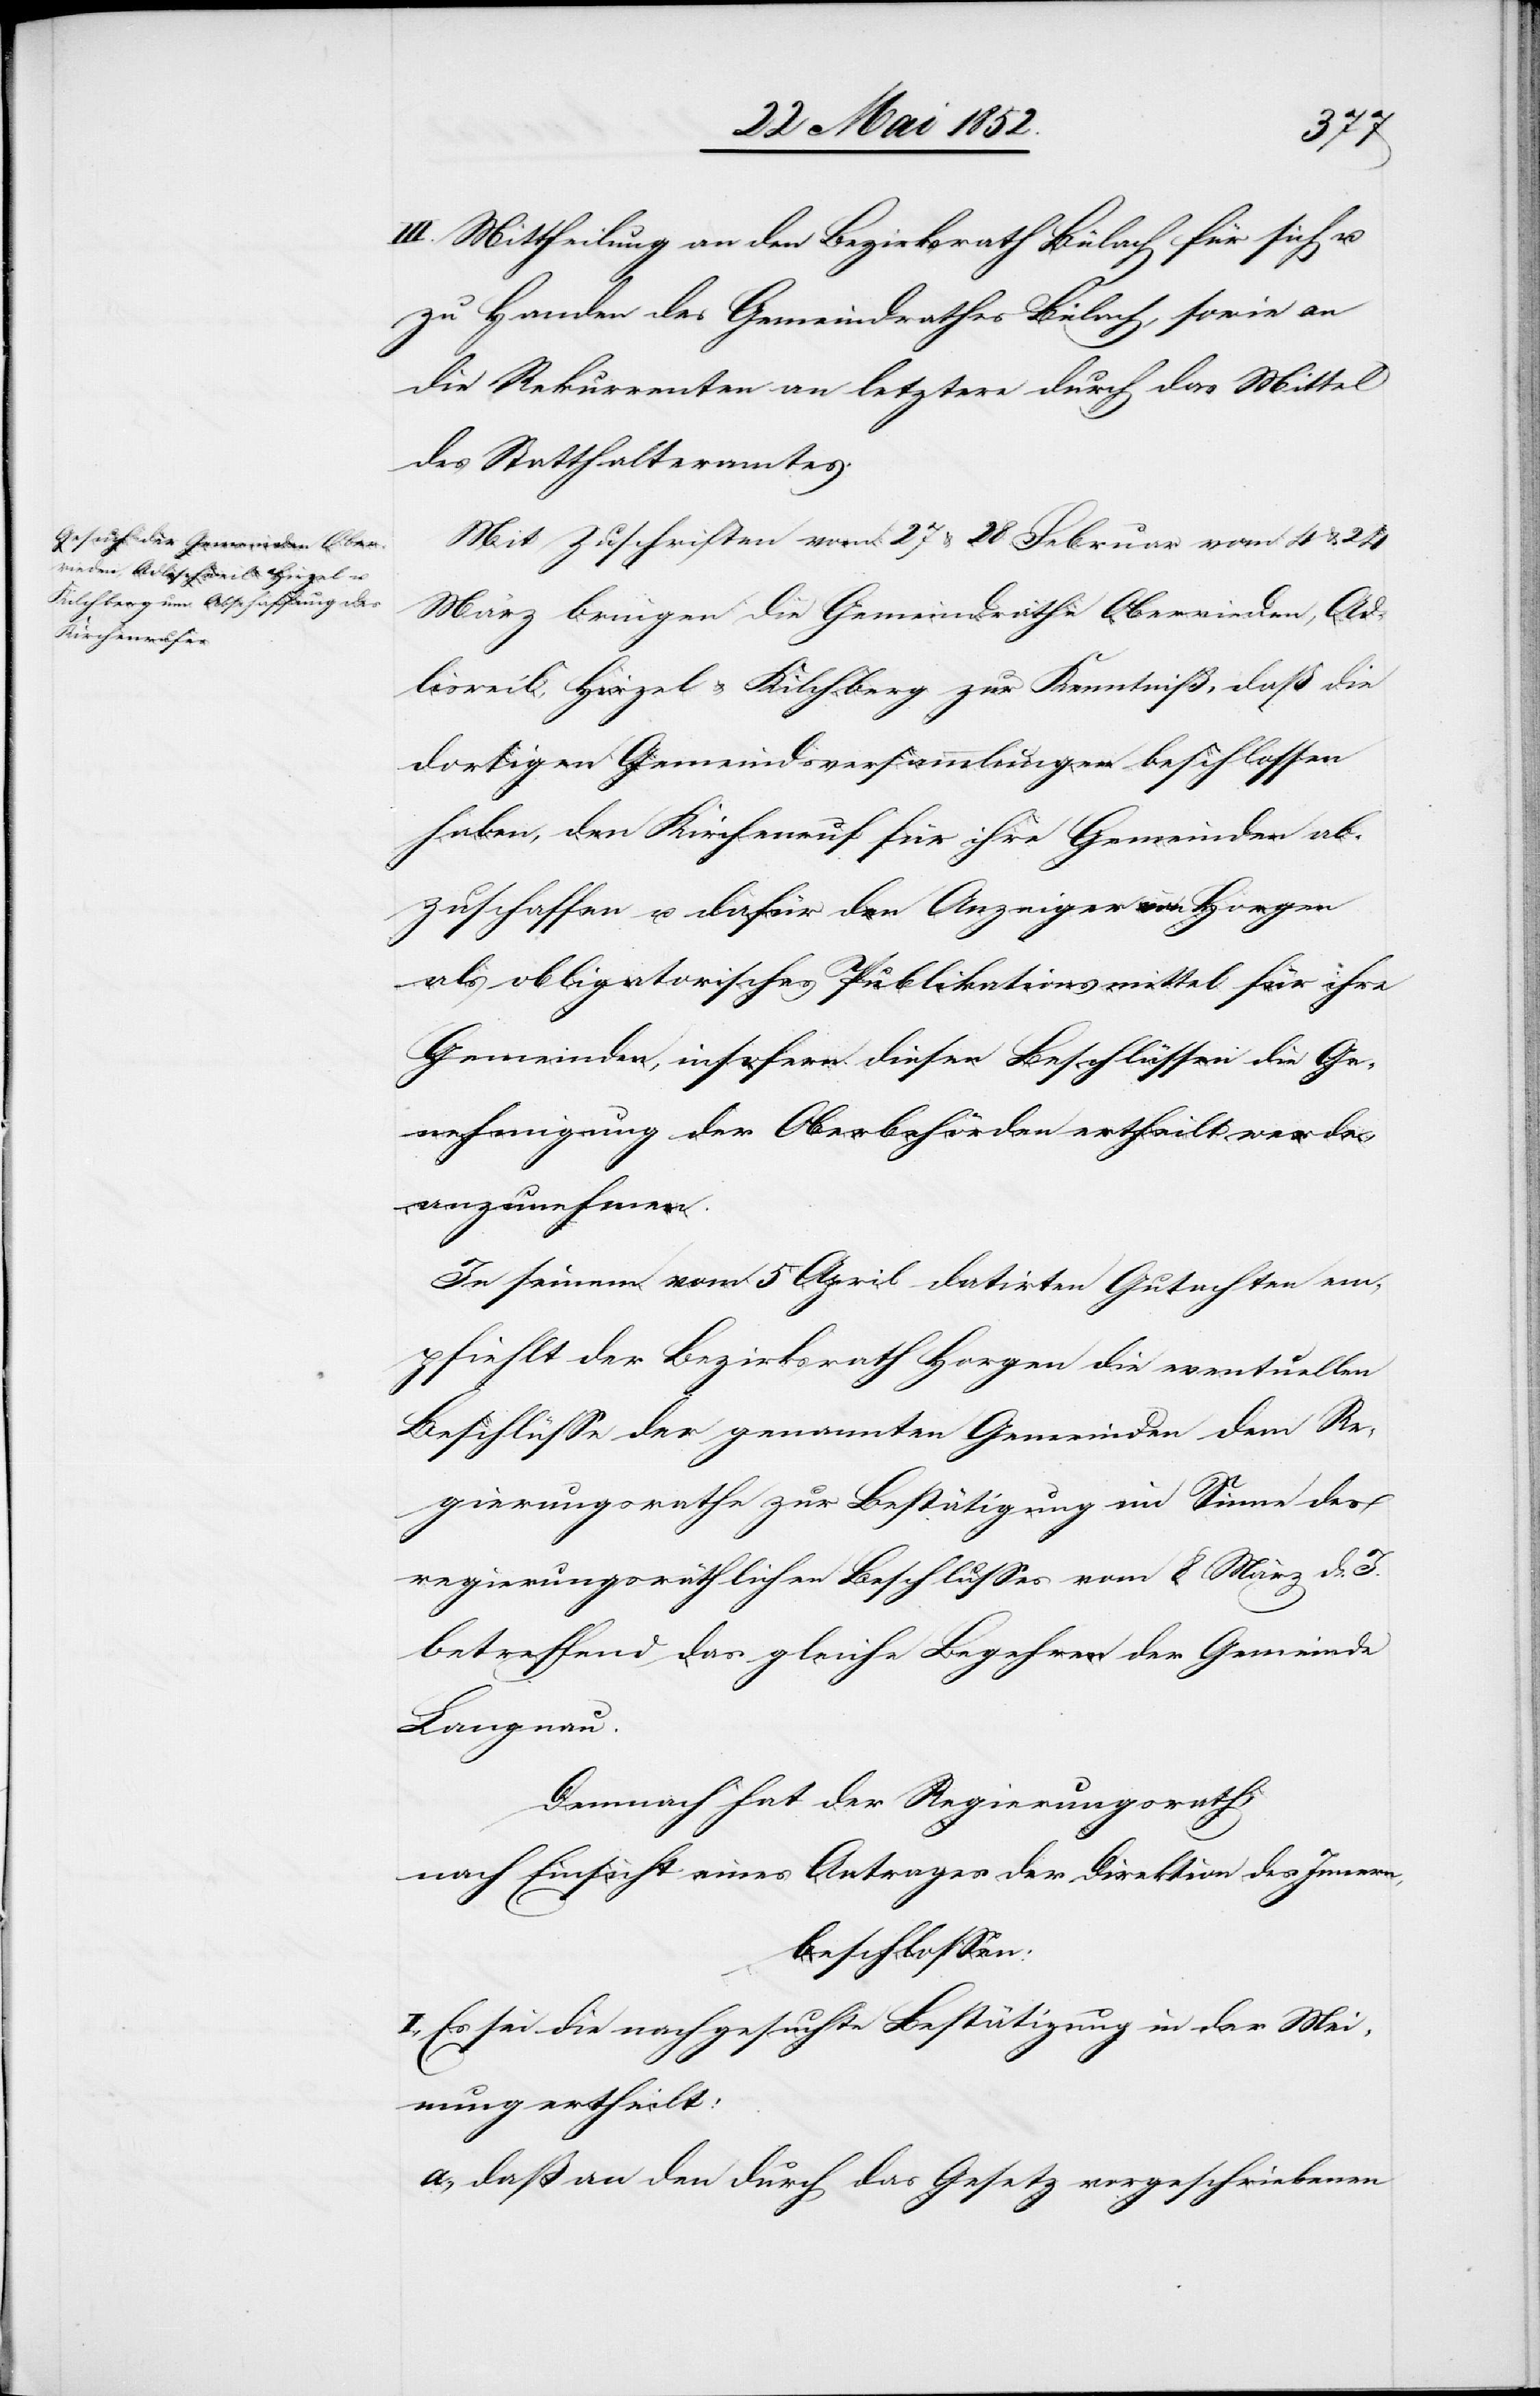
Mit Zuschriften vom 27 & 28 Februar vom 4 & 24
März bringen die Gemeindräthe Oberrieden, Ad¬
lisweil, Hirzel & Kilchberg zur Kenntniß, daß die
dortigen Gemeindsversammlungen beschlossen
haben, den Kirchenruf für ihre Gemeinden ab¬
zuschaffen u. dafür den Anzeiger von Horgen
als obligatorisches Publikationsmittel für ihre
Gemeinden, insofern diesen Beschlüssen die Ge¬
nehmigung der Oberbehörden ertheilt werde,
anzunehmen.
In seinem vom 5 April datirten Gutachten em¬
pfiehlt der Bezirksrath Horgen die eventuellen
Beschlüsse der genannten Gemeinden dem Re¬
gierungsrathe zur Bestätigung im Sinne des
regierungsräthlichen Beschlusses vom 8 März d. J.
betreffend das gleiche Begehren der Gemeinde
Langnau.
Demnach hat der Regierungsrath,
nach Einsicht eines Antrages der Direktion des Innern,
beschlossen:
I., Es sei die nachgesuchte Bestätigung in der Mei¬
nung ertheilt:
daß an den durch das Gesetz vorgeschriebenen